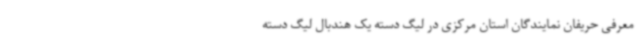
معرفی حریفان نمایندگان استان مرکزی در لیگ دسته یک هندبال لیگ دسته